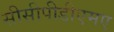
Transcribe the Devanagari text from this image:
सीसीपीडीएमए